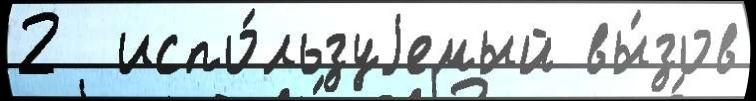
2  испо́льзуjемый вы́зов